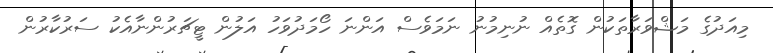
މިއަދުގެ މަޝްވަރާތަކުން ގޮތެއް ނުނިމުނު ނަމަވެސް އަންނަ ހޯމަދުވަހު އަލުން ޓީޗަރުންނާއެކު ސަރުކާރުން